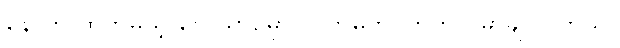
နောက် ထွက်မယ့် လေယာဉ်မှာ လက်မှတ် ကြိုတင် မှာချင်ပါတယ်။